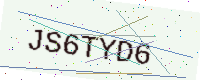
Text: JS6TYD6